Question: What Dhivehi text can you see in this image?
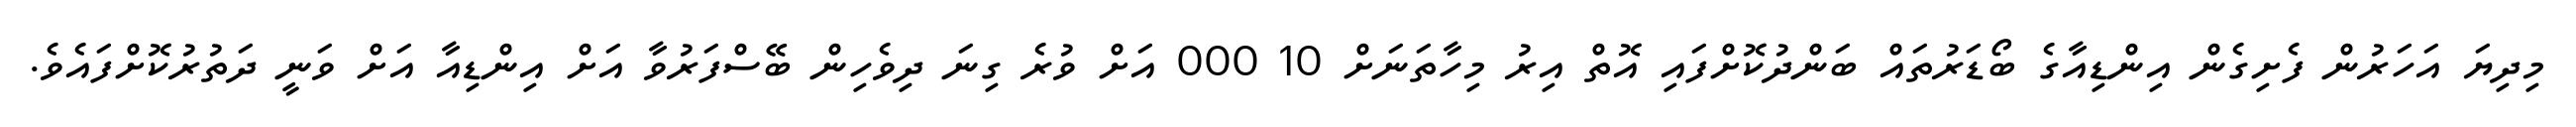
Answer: މިދިޔަ އަހަރުން ފެށިގެން އިންޑިއާގެ ބޯޑަރުތައް ބަންދުކޮށްފައި އޮތް އިރު މިހާތަނަށް 10 000 އަށް ވުރެ ގިނަ ދިވެހިން ބޭސްފަރުވާ އަށް އިންޑިއާ އަށް ވަނީ ދަތުރުކޮށްފައެވެ.